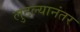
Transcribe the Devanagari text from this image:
लुटल्यानंतर